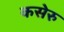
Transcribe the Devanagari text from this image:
कसेरु